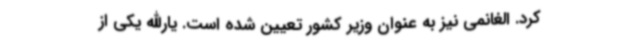
کرد. الغانمی نیز به عنوان وزیر کشور تعیین شده است. یارالله یکی از